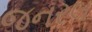
જનરલ